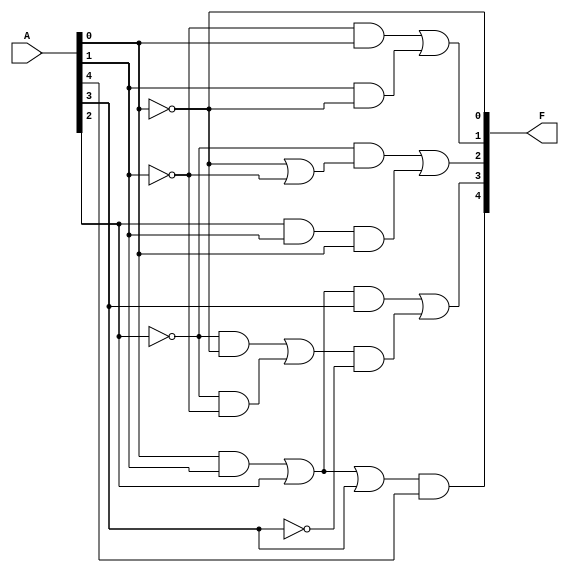
//      module: hw3_dec3
//
//      desc:  Logic that subtracts 3 from a 5 bit input

module hw3_dec3 (
    input [4:0] A,
    output [4:0] F
);

    wire A3n, A2n, A1n, A0n;

    wire w0, w1, w2, w3, w4, w5, w6, w7, w8, w9, w10, w11, w12;

    //Inverters
    not U1A ( A0n, A[0] );
    not U1B ( A1n, A[1] );
    not U1C ( A2n, A[2] );
    not U1D ( A3n, A[3] );

    //Code describing F4 output
    and U2A ( w0, A[0], A[1] );
    or U5A ( w1, w0, A[2], A[3] );
    and U2B ( F[4], w1, A[4] );

    //Code describing F3 output
    or U3A ( w2, w0, A[2] );
    and U2C ( w6, w2, A[3] );
    and U2D ( w3, A2n, A0n );
    and U2E ( w4, A2n, A1n );
    or U3B ( w5, w3, w4 );
    and U2F ( w7, w5, A3n );
    or U3C ( F[3], w6, w7 );

    //Code describing F2 output
    or U3D ( w8, A0n, A1n );
    and U2G ( w9, A2n, w8 );
    and U4A ( w10, A[2], A[1], A[0] );
    or U3E ( F[2], w9, w10 );

    //Code describing F1 output
    and U2H ( w11, A1n, A[0] );
    and U2I ( w12, A[1], A0n );
    or U3F ( F[1], w11, w12 );

    //Code describing F0 output
    assign F[0] = A0n;

endmodule